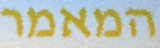
המאמר